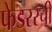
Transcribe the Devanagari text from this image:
फेडररची